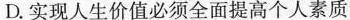
D.实现人生价值必须全面提高个人素质